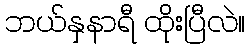
ဘယ်နှနာရီ ထိုးပြီလဲ။